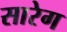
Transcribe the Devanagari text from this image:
सारेग